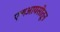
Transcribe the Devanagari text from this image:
एलआयसीतून